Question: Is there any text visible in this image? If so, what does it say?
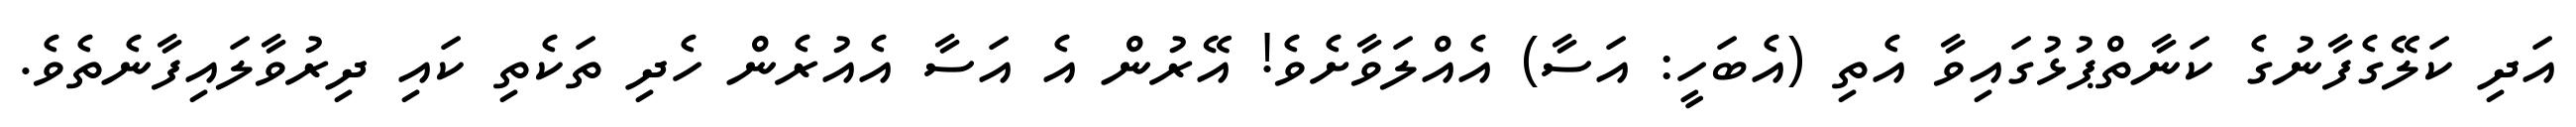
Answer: އަދި ކަލޭގެފާނުގެ ކަނާތްޕުޅުގައިވާ އެތި (އެބަހީ: އަސާ) އެއްލަވާށެވެ! އޭރުން އެ އަސާ އެއުރެން ހެދި ތަކެތި ކައި ދިރުވާލައިފާނެތެވެ.